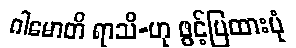
ဂါမောတိ ရာသိ-ဟု ဖွင့်ပြထားပုံ